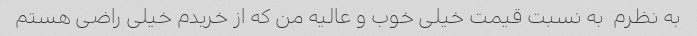
به نظرم  به نسبت قیمت خیلی خوب و عالیه من که از خریدم خیلی راضی هستم